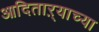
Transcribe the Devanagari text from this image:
आदिताऱ्याच्या